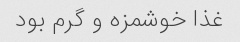
غذا خوشمزه و گرم‌ بود